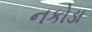
નકોડા